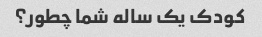
کودک یک ساله شما چطور؟